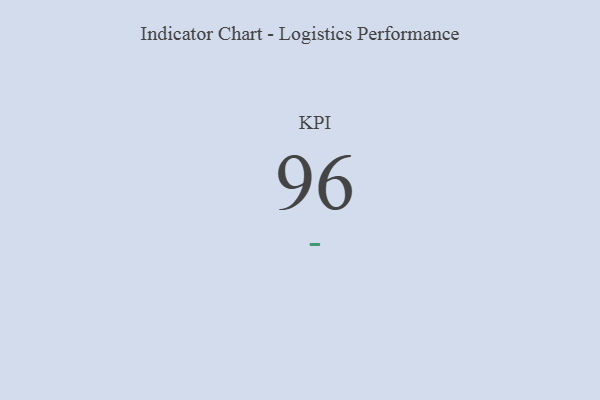
{"axis": {"x": "KPI", "y": "Value"}, "legend": [""], "data": [{"x": "KPI", "y": 96, "type": ""}]}